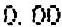
0.00